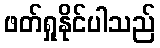
ဖတ်ရှုနိုင်ပါသည်